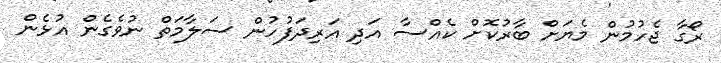
ރޯގާ ޖެހުމުން މެޔަށް ބާރުކޮށް ކެއްސާ އަދި އަރިދަފުހުން ސަލާމަތް ނުވެގެން އުޅެން